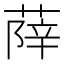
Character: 𦵮